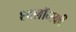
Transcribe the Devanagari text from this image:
श्क्लॉव्स्की